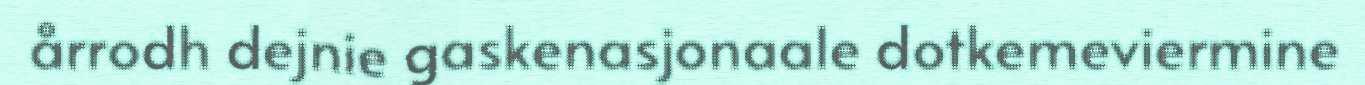
årrodh dejnie gaskenasjonaale dotkemeviermine